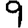
Digit: 9